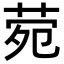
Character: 𬜶